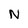
Character: N